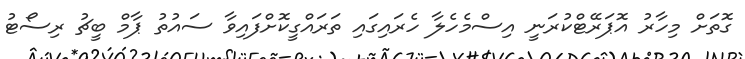
ގޮތަށް މިހާރު އޮޕަރޭޓްކުރަނީ އިސްމެހެލާ ހެރައިގައި ތަރައްގީކޮށްފައިވާ ސައުތު ޕާމް ބީޗު ރިސޯޓު